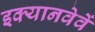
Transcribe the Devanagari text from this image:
इक्यानवेवें